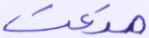
متعت